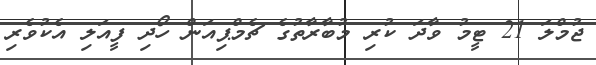
ޖުމްލަ 21 ޓީމު ވާދަ ކުރި މުބާރާތުގެ ޗެމްޕިއަން ހޯދި ފީއަލި އެކުވެރި